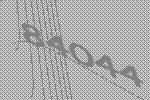
84044